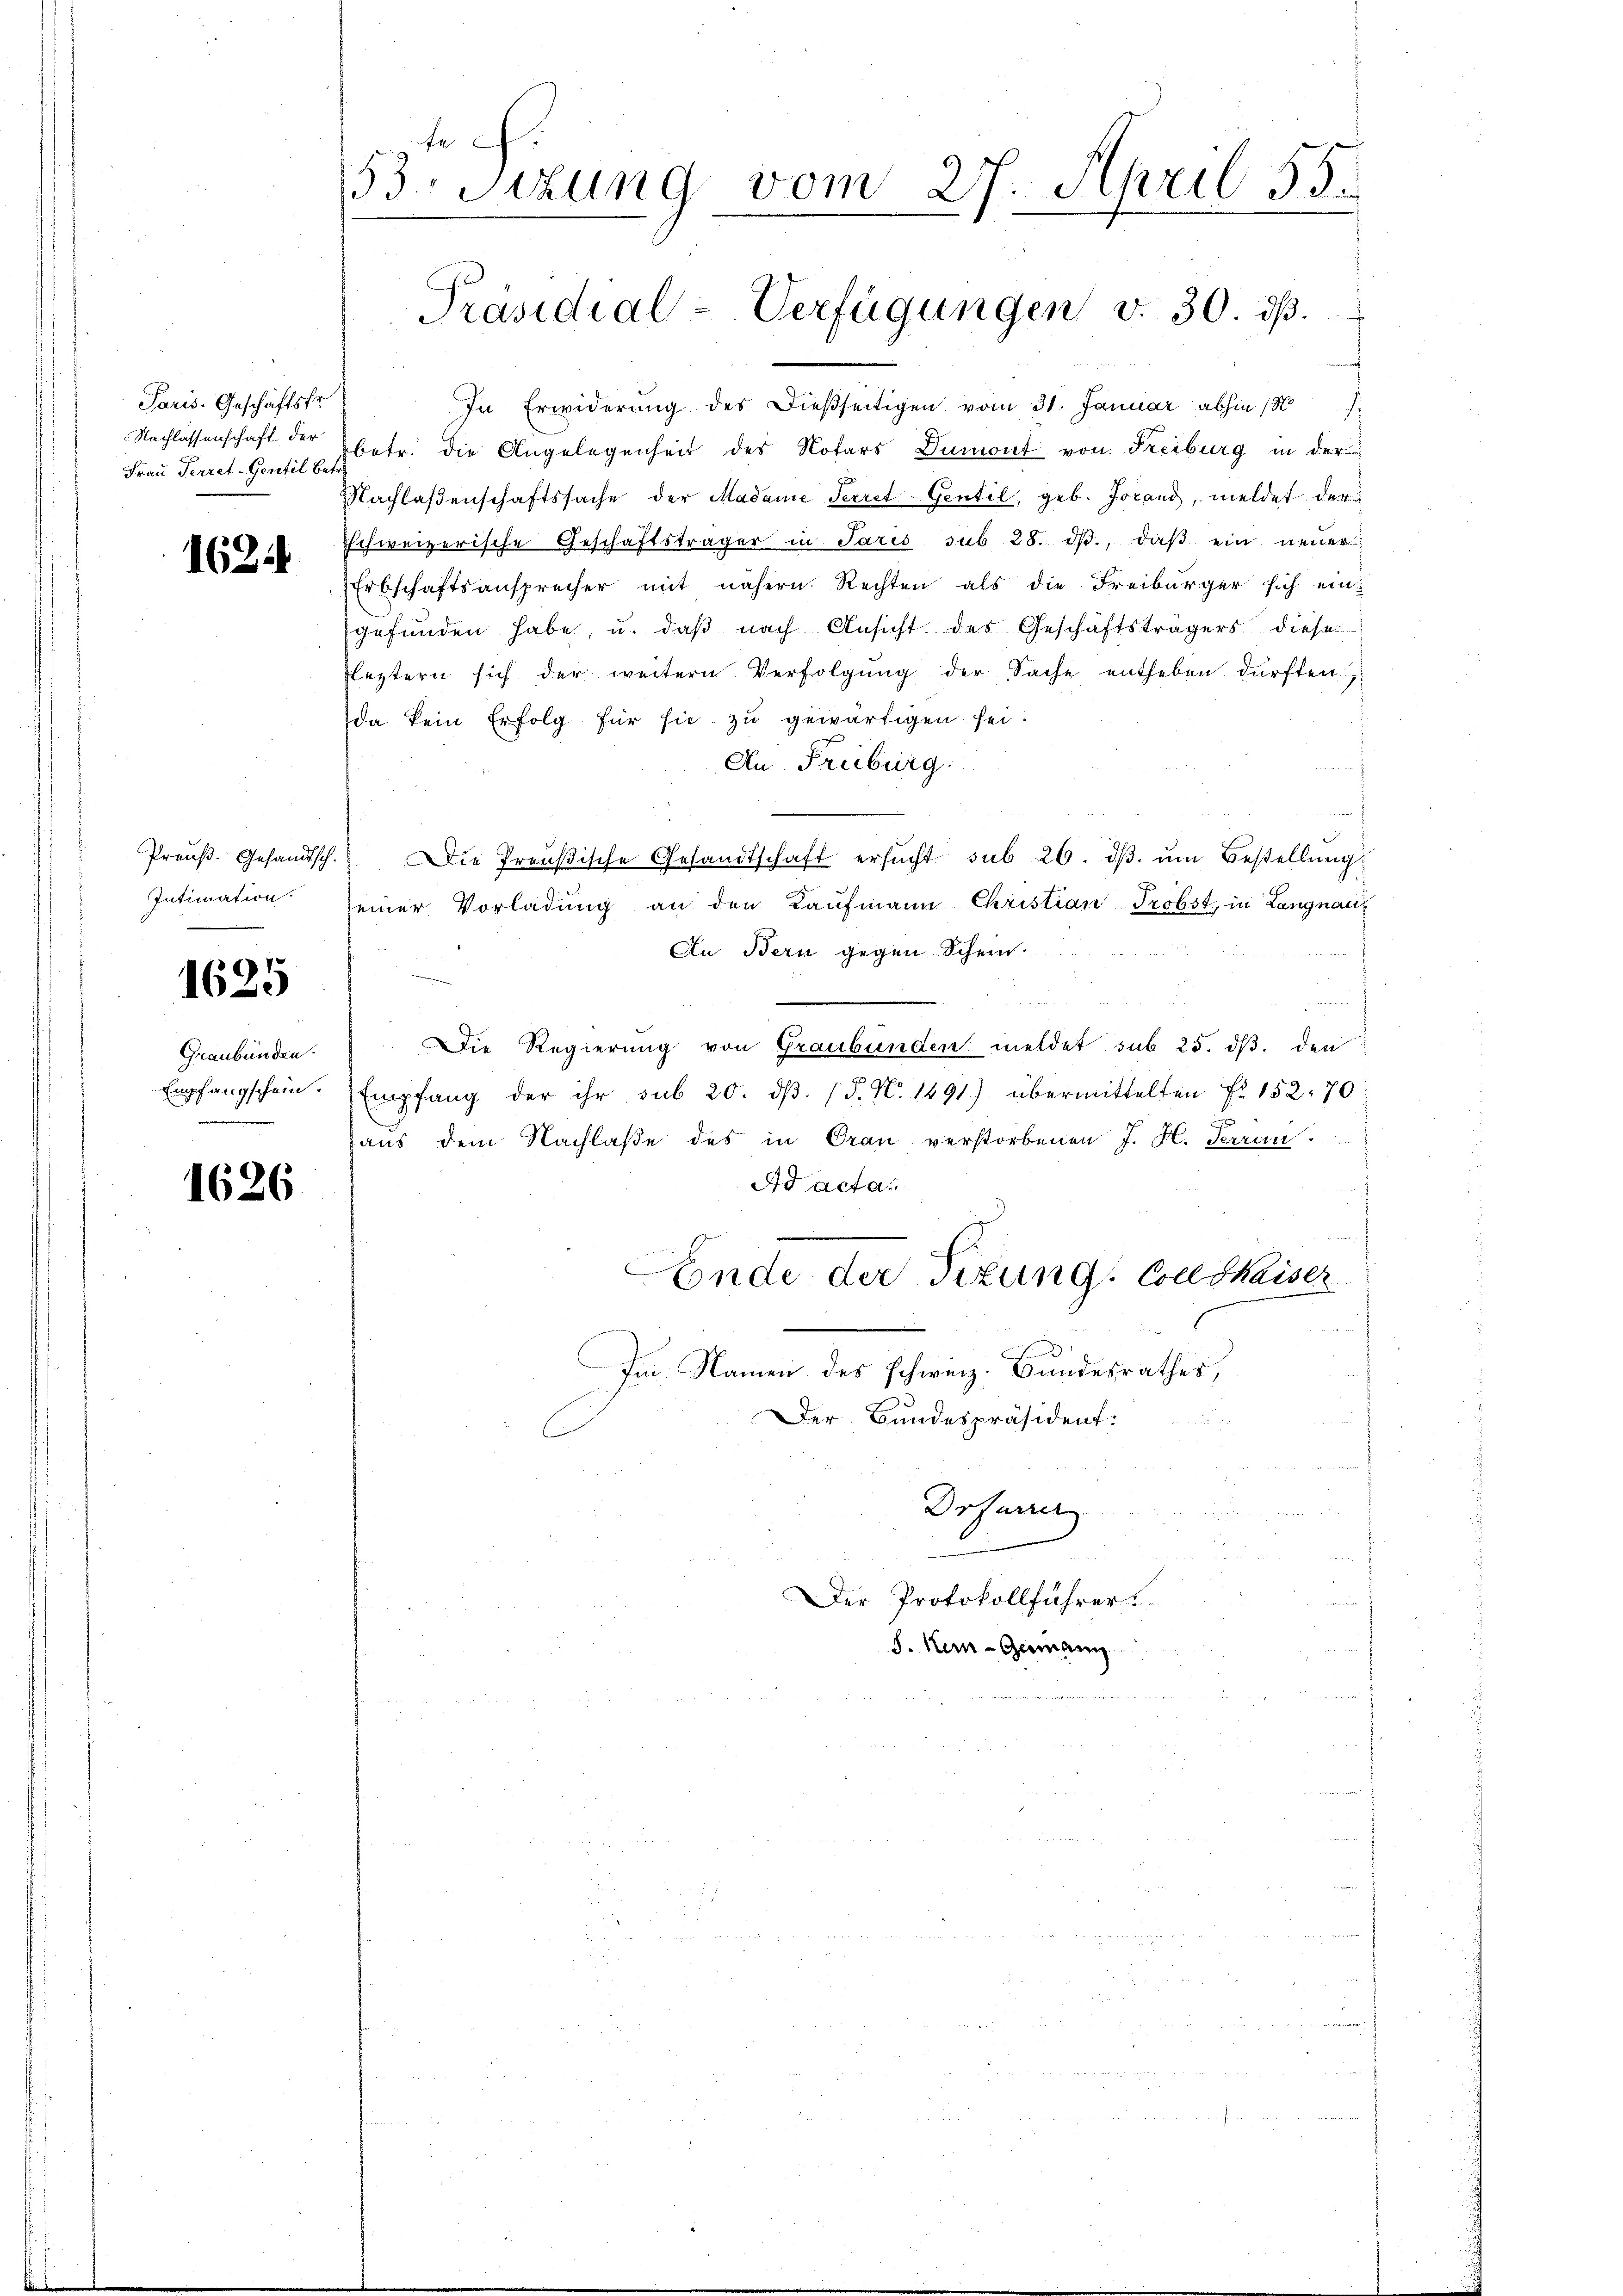
Paris. Geschäftsfr.
Nachlassenschaft der
Frau Ferret-Gentil be¬

1621

Intimation

2 x
1620

Graubünden.
Empfangschein.

1626

53. Sitzung vom 27. April 55.

i
Präsidial-Verfügungen v. 30. d.

In Erwiderung des dießseitigen vom 31. Januar abhin 180
betr. die Angelegenheit des Notars Dumont von Freiburg in der
Nachlaßenschaftssache der Madame Secret-Gentil, geb. Jovand, meldet der
schweizerische Geschäftsträger in Paris sub 28. dβ., daβ ein neuer
Erbschaftsansprecher mit nähern Rechten als die Freiburger sich eingefŭnden habe, u. daβ nach Ansicht des Geschäftsträgers diese
leztern sich der weitern Verfolgŭng der Sache entheben dürften,
da kein Erfolg für sie zu gewärtigen sei.
An Freiburg.
Preŭβ. Gesandtsch. Die Preußische Gesandtschaft ersŭcht sub 26. dβ. ŭm Bestellŭng
seiner Vorladung an den Kaufmann Christian Probst, in Langnau¬
Au Bern gegen Schein.
u
Die Regierung von Graubünden meldet sub. 25. dβ. den
Empfang der ihr sub 20. dβ. (§. N. 1491) übermittelten Fr. 152. 70
aus dem Nachlaße des in Oran verstorbenen J. H. Perrin
Ad acta.
Fonde der Titung Coelskaiser
Im Namen des schweiz. Bundesrathes,
Der Bundespräsident:
u
Drfarrer
Der Protokollführer
S. Kern-Germann
.